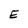
Character: E